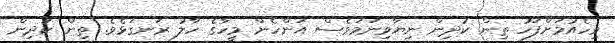
ވިހެއުމަށްފަހު ތިން ކުދިން ނިޔާވިނަމަވެސް އަންހެން މީހާގެ ހާލު ރަނގަޅެވެ. ތިން ކުދިން